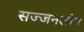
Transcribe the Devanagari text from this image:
सज्जनलोग